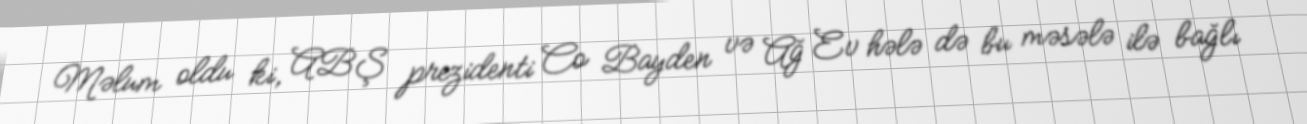
Məlum oldu ki, ABŞ prezidenti Co Bayden və Ağ Ev hələ də bu məsələ ilə bağlı